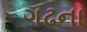
ગઢના